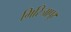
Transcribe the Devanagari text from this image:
गिरिजापुर